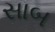
સાબ